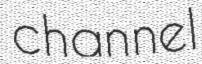
channel